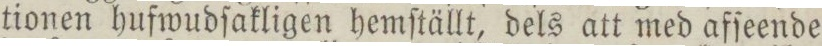
tionen hufwudſakligen hemſtällt, dels att med afſeende